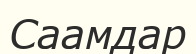
Саамдар